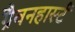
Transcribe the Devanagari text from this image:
ग्रैवनहार्स्ट